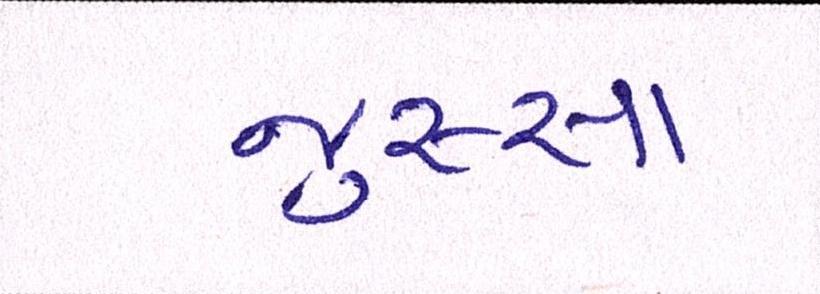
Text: જુસ્સા